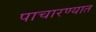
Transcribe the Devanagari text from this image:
पाचारण्यात